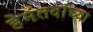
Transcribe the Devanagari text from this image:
हेमंतदांच्या